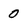
Character: o